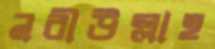
নবীউল্লাহ